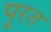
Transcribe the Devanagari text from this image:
पूरत